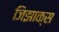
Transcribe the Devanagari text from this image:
जिझाक्स